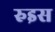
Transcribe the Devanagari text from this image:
रुइस